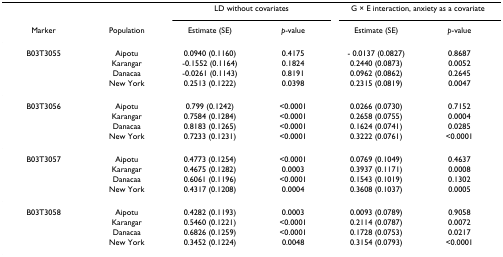
<table><thead><tr><td></td><td></td><td colspan="2"><b>LD without covariates</b></td><td colspan="2"><b>G × E interaction, anxiety as a covariate</b></td></tr><tr><td><b>Marker</b></td><td><b>Population</b></td><td><b>Estimate (SE)</b></td><td><b><i>p</i>-value</b></td><td><b>Estimate (SE)</b></td><td><b><i>p</i>-value</b></td></tr></thead><tbody><tr><td>B03T3055</td><td>Aipotu</td><td>0.0940 (0.1160)</td><td>0.4175</td><td>- 0.0137 (0.0827)</td><td>0.8687</td></tr><tr><td></td><td>Karangar</td><td>-0.1552 (0.1164)</td><td>0.1824</td><td>0.2440 (0.0873)</td><td>0.0052</td></tr><tr><td></td><td>Danacaa</td><td>-0.0261 (0.1143)</td><td>0.8191</td><td>0.0962 (0.0862)</td><td>0.2645</td></tr><tr><td></td><td>New York</td><td>0.2513 (0.1222)</td><td>0.0398</td><td>0.2315 (0.0819)</td><td>0.0047</td></tr><tr><td>B03T3056</td><td>Aipotu</td><td>0.799 (0.1242)</td><td>&lt;0.0001</td><td>0.0266 (0.0730)</td><td>0.7152</td></tr><tr><td></td><td>Karangar</td><td>0.7584 (0.1284)</td><td>&lt;0.0001</td><td>0.2658 (0.0755)</td><td>0.0004</td></tr><tr><td></td><td>Danacaa</td><td>0.8183 (0.1265)</td><td>&lt;0.0001</td><td>0.1624 (0.0741)</td><td>0.0285</td></tr><tr><td></td><td>New York</td><td>0.7233 (0.1231)</td><td>&lt;0.0001</td><td>0.3222 (0.0761)</td><td>&lt;0.0001</td></tr><tr><td>B03T3057</td><td>Aipotu</td><td>0.4773 (0.1254)</td><td>&lt;0.0001</td><td>0.0769 (0.1049)</td><td>0.4637</td></tr><tr><td></td><td>Karangar</td><td>0.4675 (0.1282)</td><td>0.0003</td><td>0.3937 (0.1171)</td><td>0.0008</td></tr><tr><td></td><td>Danacaa</td><td>0.6061 (0.1196)</td><td>&lt;0.0001</td><td>0.1543 (0.1019)</td><td>0.1302</td></tr><tr><td></td><td>New York</td><td>0.4317 (0.1208)</td><td>0.0004</td><td>0.3608 (0.1037)</td><td>0.0005</td></tr><tr><td>B03T3058</td><td>Aipotu</td><td>0.4282 (0.1193)</td><td>0.0003</td><td>0.0093 (0.0789)</td><td>0.9058</td></tr><tr><td></td><td>Karangar</td><td>0.5460 (0.1221)</td><td>&lt;0.0001</td><td>0.2114 (0.0787)</td><td>0.0072</td></tr><tr><td></td><td>Danacaa</td><td>0.6826 (0.1259)</td><td>&lt;0.0001</td><td>0.1728 (0.0753)</td><td>0.0217</td></tr><tr><td></td><td>New York</td><td>0.3452 (0.1224)</td><td>0.0048</td><td>0.3154 (0.0793)</td><td>&lt;0.0001</td></tr></tbody></table>